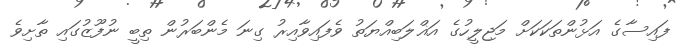
ފައިސާގެ އަޅުންތަކަކަށް މަޖިލީހުގެ އަޣްލަބިއްޔަތު ވެފައިވާއިރު ގިނަ މެންބަރުން ތިބީ ނުފޫޒުގައި ތާށިވެ